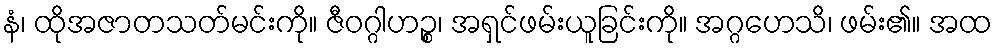
နံ၊ ထိုအဇာတသတ်မင်းကို။ ဇီဝဂ္ဂါဟဉ္စ၊ အရှင်ဖမ်းယူခြင်းကို။ အဂ္ဂဟေသိ၊ ဖမ်း၏။ အထ